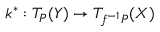
k ^ { * } : T _ { P } ( Y ) \rightarrow T _ { f ^ { - 1 } P } ( X )